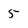
Character: 5